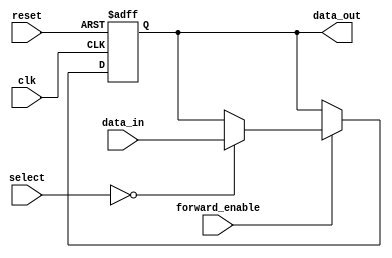
module ForwardingRegister (
    input wire clk,               // Clock signal
    input wire reset,             // Asynchronous reset signal
    input wire [31:0] data_in,    // Input data to be stored in the register
    input wire forward_enable,     // Control signal to enable forwarding
    input wire [1:0] select,       // Control signal for selecting data input
    output reg [31:0] data_out     // Output data
);

    // Internal register to hold the current value
    reg [31:0] register;

    // Always block triggered on the rising edge of the clock
    always @(posedge clk or posedge reset) begin
        if (reset) begin
            // Clear the register on reset
            register <= 32'b0;
        end else if (forward_enable) begin
            // Store the input data when forwarding is enabled
            case (select)
                2'b00: register <= data_in; // Forwarding from data_in
                // Additional cases can be added for other inputs if needed
                // For example:
                // 2'b01: register <= other_input1;
                // 2'b10: register <= other_input2;
                // 2'b11: register <= other_input3;
                default: register <= register; // Retain previous value
            endcase
        end
    end

    // Assign the current register value to the output
    always @(*) begin
        data_out = register;
    end

endmodule